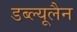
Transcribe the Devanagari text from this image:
डब्ल्यूलैन